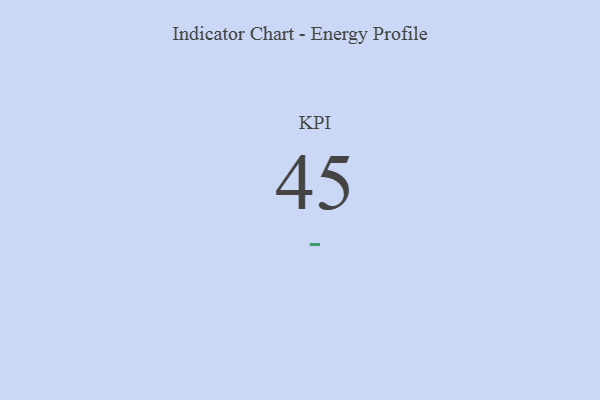
{"axis": {"x": "KPI", "y": "Value"}, "legend": [""], "data": [{"x": "KPI", "y": 45, "type": ""}]}